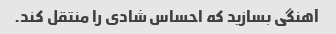
آهنگی بسازید که احساس شادی را منتقل کند.